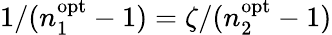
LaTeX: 1/(n_{1}^{\mathrm{opt}}-1)=\zeta/(n_{2}^{\mathrm{opt}}-1)